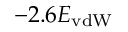
- 2 . 6 E _ { \mathrm { v d W } }